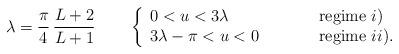
LaTeX: \begin{align*}\lambda = \frac{\pi}{4} \, \frac{L+2}{L+1}\qquad\left\{\begin{array}{lll}0<u<3\lambda & \qquad & \mbox{regime } i) \\3\lambda-\pi<u<0 & \qquad & \mbox{regime } ii) .\end{array}\right.\end{align*}